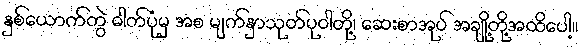
နှစ်ယောက်တွဲ ဓါတ်ပုံမှ အစ မျက်နှာသုတ်ပုဝါတို့၊ ဆေးစာအုပ် အချို့တို့အထိပေါ့။